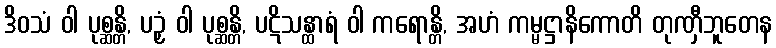
ဒိဝသံ ဝါ ပုစ္ဆန္တိ, ပဉှံ ဝါ ပုစ္ဆန္တိ, ပဋိသန္ထာရံ ဝါ ကရောန္တိ, အဟံ ကမ္မဋ္ဌာနိကောတိ တုဏှီဘူတေန